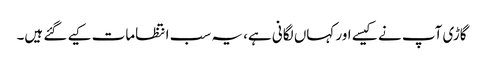
گاڑی آپ نے کیسے اور کہاں لگانی ہے، یہ سب انتظامات کیے گئے ہیں۔